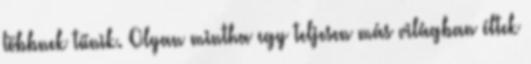
többnek tűnik. Olyan mintha egy teljesen más világban éltek